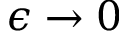
\epsilon \to 0